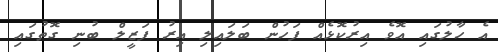
އެ ހާލުގައި އޮވެ އިރުކޮޅެއް ފަހުން ބަލައިލި އިރު ފަޒީލް ބުނި ގޮތުގައި